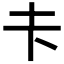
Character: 𪢱